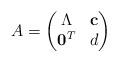
LaTeX: \begin{align*}A=\begin{pmatrix}\Lambda & {\bf c} \\ {\bf 0}^T & d\end{pmatrix}\end{align*}